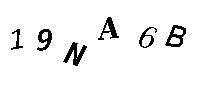
19NA6B